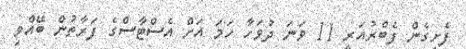
ފެށިގެން ފެބްރުއަރީ 11 ވަނަ ދުވަހާ ހަމަ އަށް އެސްޓާސްގެ ފަރާތުން ބޭއްވި